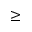
\geq